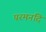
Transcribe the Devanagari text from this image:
परमनदि